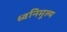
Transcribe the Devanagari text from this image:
ध्वनिमूल्य